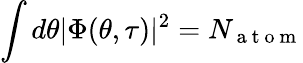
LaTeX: \int d\theta|\Phi(\theta,\tau)|^{2}=N_{\mathrm{~a~t~o~m~}}